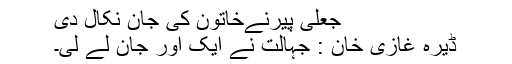
جعلی پیرنےخاتون کی جان نکال دی
ڈیرہ غازی خان : جہالت نے ایک اور جان لے لی۔